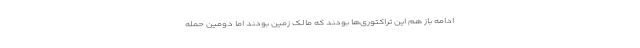
ادامه باز هم این تراکتوری‌ها بودند که مالک زمین بودند اما دومین حمله